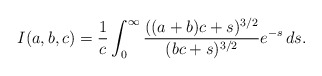
\begin{align*}I(a,b,c)=\frac1c\int_{0}^\infty \frac{((a+b)c+s)^{3/2}}{(bc+s)^{3/2}}e^{-s}\,ds.\end{align*}